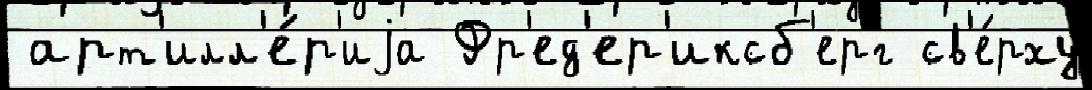
 арт'илл'е́р'иjа Фр'ед'ер'иксб'ерг св'е́рху